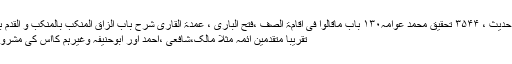
(مصنف ابن ابی شیبہ حدیث ، ۳۵۴۴ تحقیق محمد عوامہ۱۳۰ باب ماقالوا فی اقامۃ الصف ،فتح الباری ، عمدۃ القاری شرح باب الزاق المنکب بالمنکب و القدم بالقدم من کتاب الأذان)
تقریباً متقدمین ائمہ مثلاً مالک،شافعی ،احمد اور ابوحنیفہ وغیرہم کااس کی مشروعیت پر اتفاق ہی ہے۔